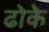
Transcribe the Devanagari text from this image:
ढोके